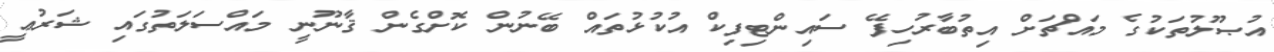
އުޞޫލުތަކުގެ މައްޗަށް އިތުބާރުހިފޭ ސައިންޓިފިކް އުކުޅުތައް ބޭނުން ކޮށްގެން ޤާނޫނީ މައްސަލަތުގައި ޝަރުޢީ